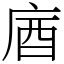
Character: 庮